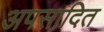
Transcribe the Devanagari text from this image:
अपसादित